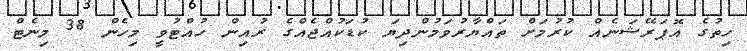
ހިތުގެ އޮޕަރޭޝަނެއް ކުރުމަށް ތައްޔާރުވަމުންދިޔަ ކުޑަކުއްޖެއްގެ ރުއިން ހުއްޓުވީ މިހެން 38 މިނެޓް